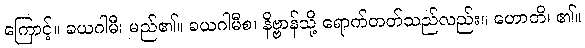
ကြောင့်။ ခယဂါမီ၊ မည်၏။ ခယဂါမီစ၊ နိဗ္ဗာန်သို့ ရောက်တတ်သည်လည်း။ ဟောတိ၊ ၏။